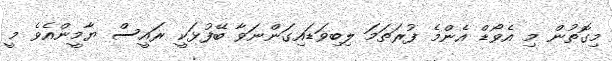
މިގޮތުން މި އެވޯޑް އެންމެ ފުރަތަމަ ލިބިވަޑައިގަންނަވާ ބޭފުޅަކީ ރައީސް ޔާމީންއެވެ މީ